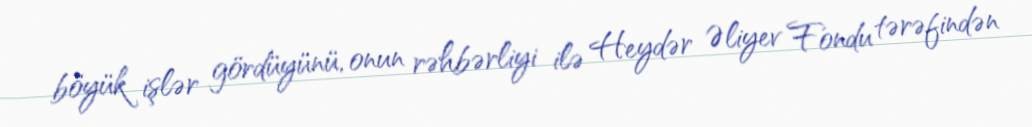
böyük işlər gördüyünü, onun rəhbərliyi ilə Heydər Əliyev Fondu tərəfindən